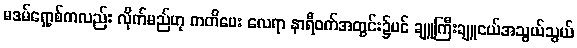
မဒမ်ရှော့စ်ကလည်း လိုက်မည်ဟု ကတိပေး လေရာ နာရီဝက်အတွင်း၌ပင် ချူကြီးချူငယ်အသွယ်သွယ်